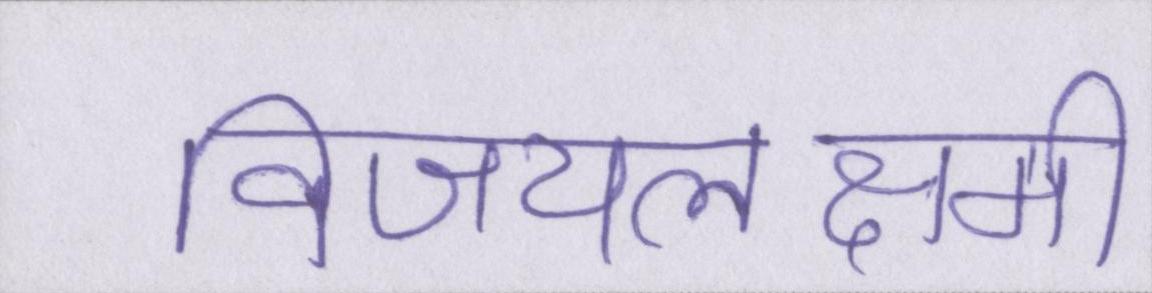
विजयलक्ष्मी